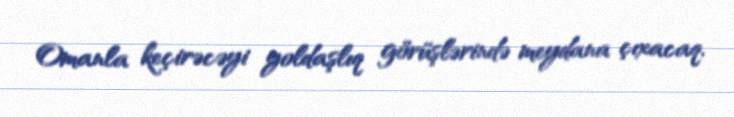
Omanla keçirəcəyi yoldaşlıq görüşlərində meydana çıxacaq.